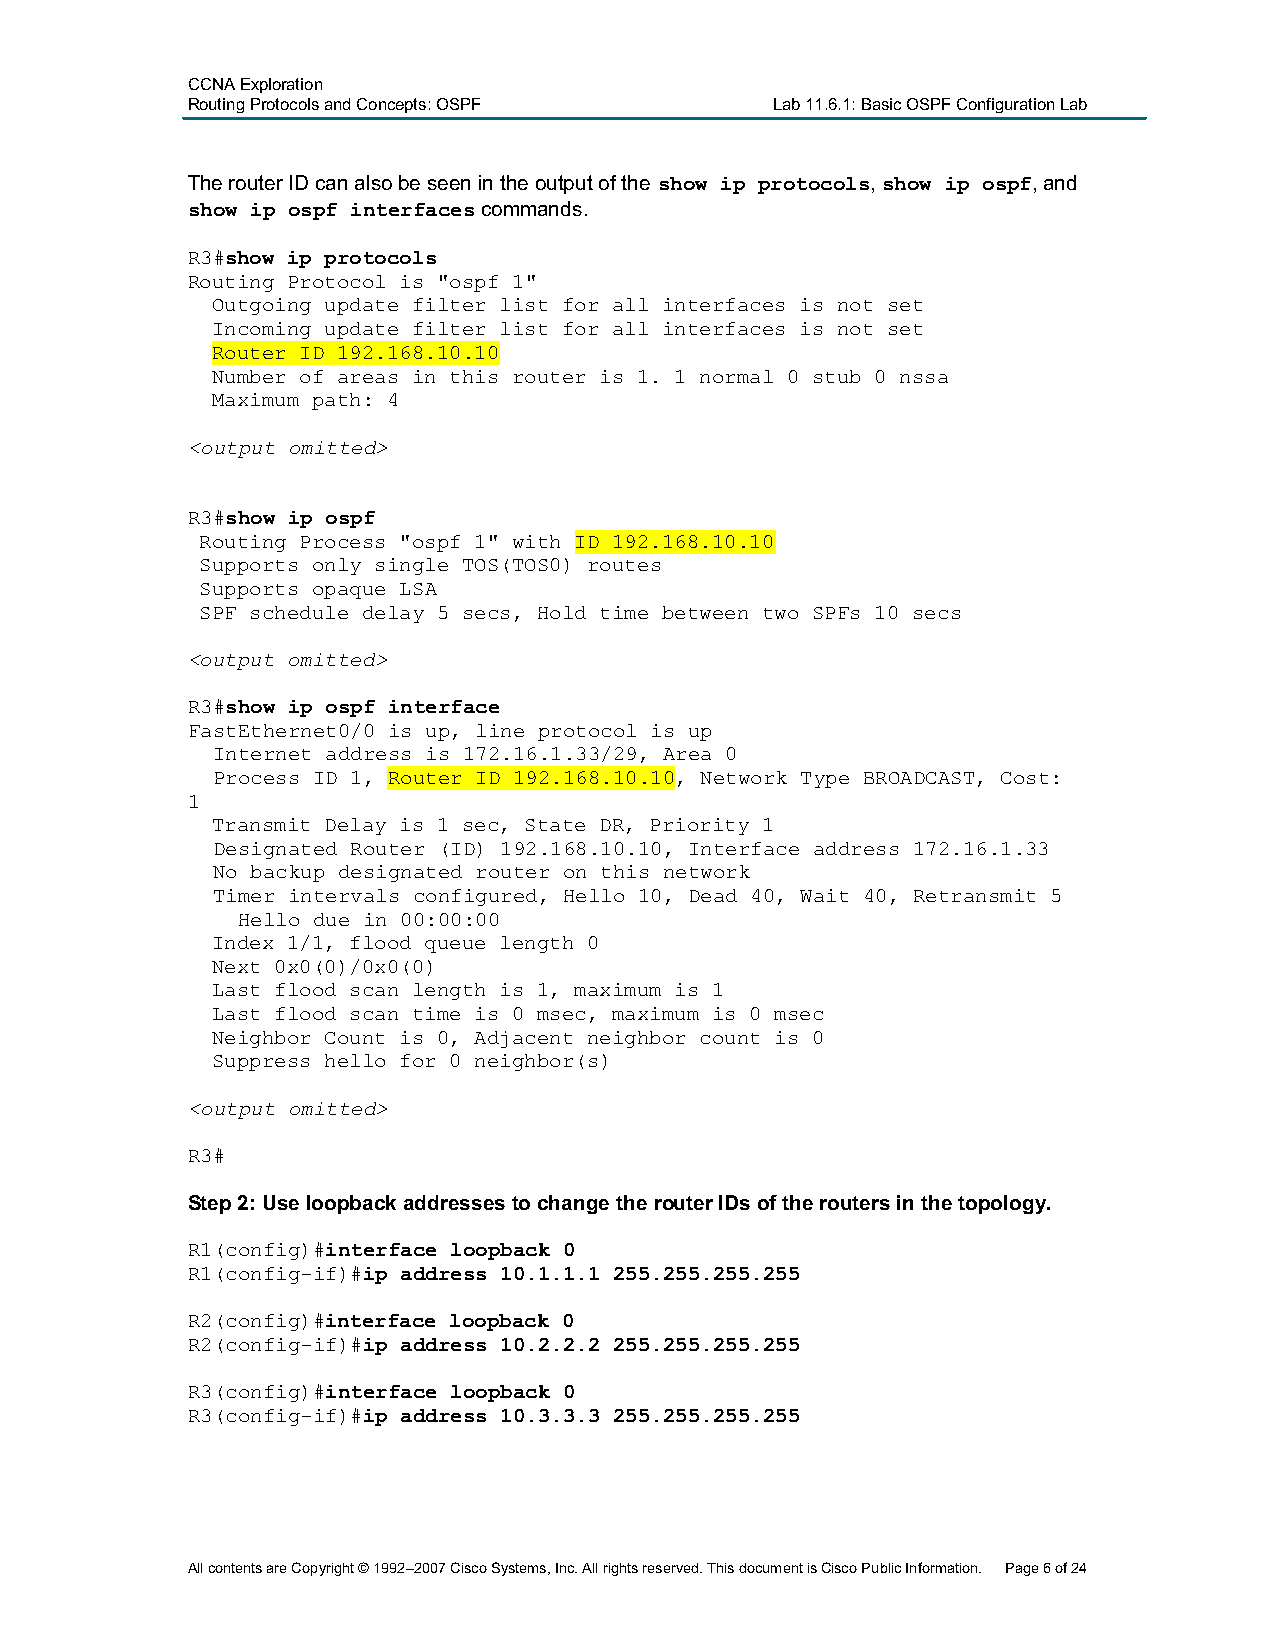
CCNA Exploration
 Routing Protocols and Concepts:OSPF    Lab 11.6.1: Basic OSPF Configuration Lab
 The router ID can also be seen in the output of the show ip protocols,show ip ospf, and
 show ip ospf interfacescommands.
 R3#show ip protocols
 Routing Protocol is "ospf 1"
 Outgoing update filter list for all interfaces is not set
 Incoming update filter list for all interfaces is not set
 Router ID 192.168.10.10
 Number of areas in this router is 1. 1 normal 0 stub 0 nssa
 Maximum path: 4
 <output omitted>
 R3#show ip ospf
 Routing Process "ospf 1" with ID 192.168.10.10
 Supports only single TOS(TOS0) routes
 Supports opaque LSA
 SPF schedule delay 5 secs, Hold time between two SPFs 10 secs
 <output omitted>
 R3#show ip ospf interface
 FastEthernet0/0 is up, line protocol is up
 Internet address is 172.16.1.33/29, Area 0
 Process ID 1, Router ID 192.168.10.10, Network Type BROADCAST, Cost:
 1
 Transmit Delay is 1 sec, State DR, Priority 1
 Designated Router (ID) 192.168.10.10, Interface address 172.16.1.33
 No backup designated router on this network
 Timer intervals configured, Hello 10, Dead 40, Wait 40, Retransmit 5
 Hello due in 00:00:00
 Index 1/1, flood queue length 0
 Next 0x0(0)/0x0(0)
 Last flood scan length is 1, maximum is 1
 Last flood scan time is 0 msec, maximum is 0 msec
 Neighbor Count is 0, Adjacent neighbor count is 0
 Suppress hello for 0 neighbor(s)
 <output omitted>
 R3#
 Step 2: Use loopback addresses to change the router IDs of the routers in the topology.
 R1(config)#interface loopback 0
 R1(config-if)#ip address 10.1.1.1 255.255.255.255
 R2(config)#interface loopback 0
 R2(config-if)#ip address 10.2.2.2 255.255.255.255
 R3(config)#interface loopback 0
 R3(config-if)#ip address 10.3.3.3 255.255.255.255
 All contents are Copyright © 1992–2007 Cisco Systems, Inc. All rights reserved. This document is Cisco Public Information. Page 6of 24